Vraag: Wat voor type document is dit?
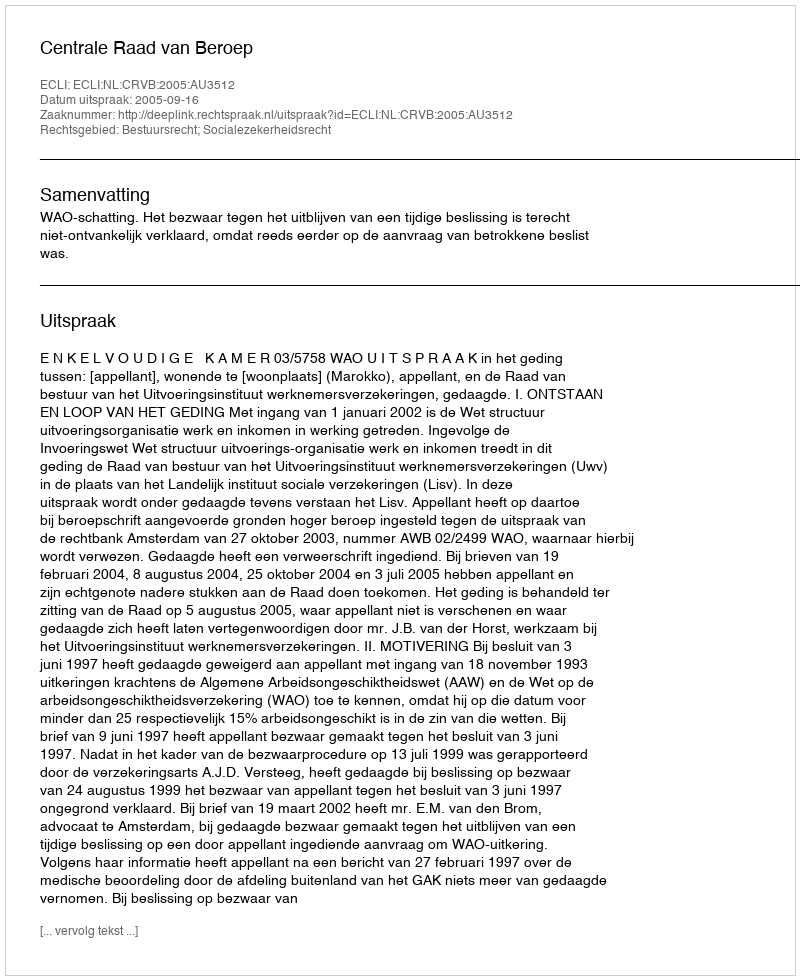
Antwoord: Uitspraak